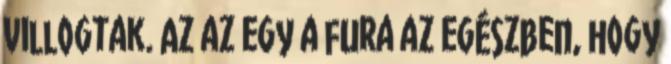
villogtak. Az az egy a fura az egészben, hogy